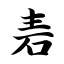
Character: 砉